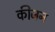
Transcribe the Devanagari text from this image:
कीजन